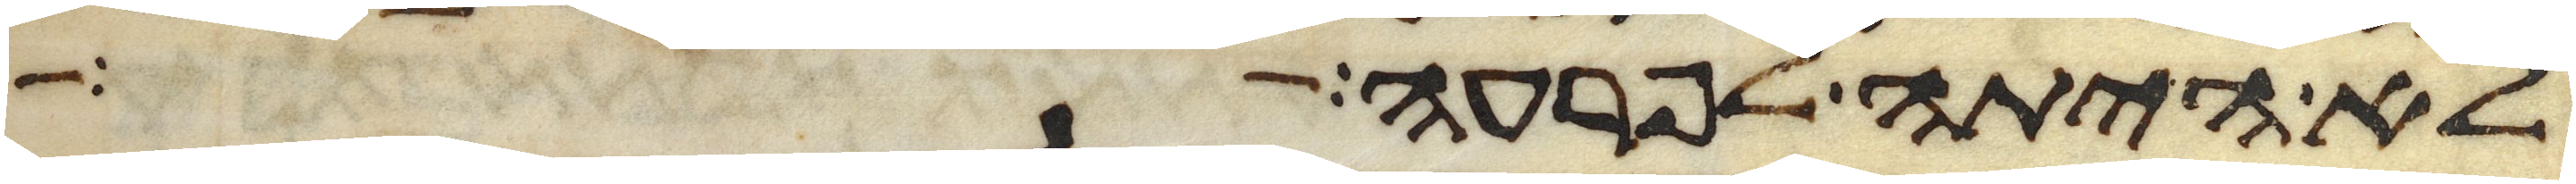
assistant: לא היתה לפרעה